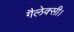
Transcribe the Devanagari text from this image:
गैलेक्सी।